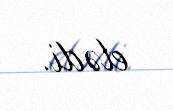
elədi.